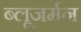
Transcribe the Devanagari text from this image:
ब्लूजर्मन